Problem: 21 + 46 = ?
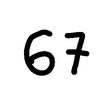
Handwritten answer: 67